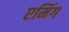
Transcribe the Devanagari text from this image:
एमिंग